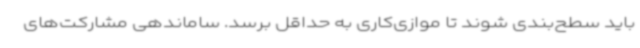
باید سطح‌بندی شوند تا موازی‌کاری به حداقل برسد. ساماندهی مشارکت‌های